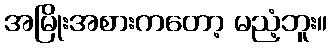
အမြိုးအစားကတော့ မညံ့ဘူး။